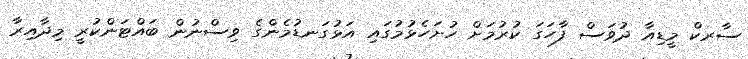
ސާރކް މީޑިއާ ދުވަސް ފާހަގަ ކުރުމަށް ހުށަހެޅުމުގައި އަޅުގަނޑުމެންގެ ވިސްނުން ބައްޓަންކުރީ މިދާއިރާ